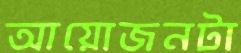
আয়োজনটা